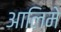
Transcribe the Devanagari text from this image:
आलिमे